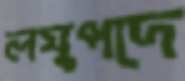
লঘুপদে